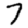
Digit: 7